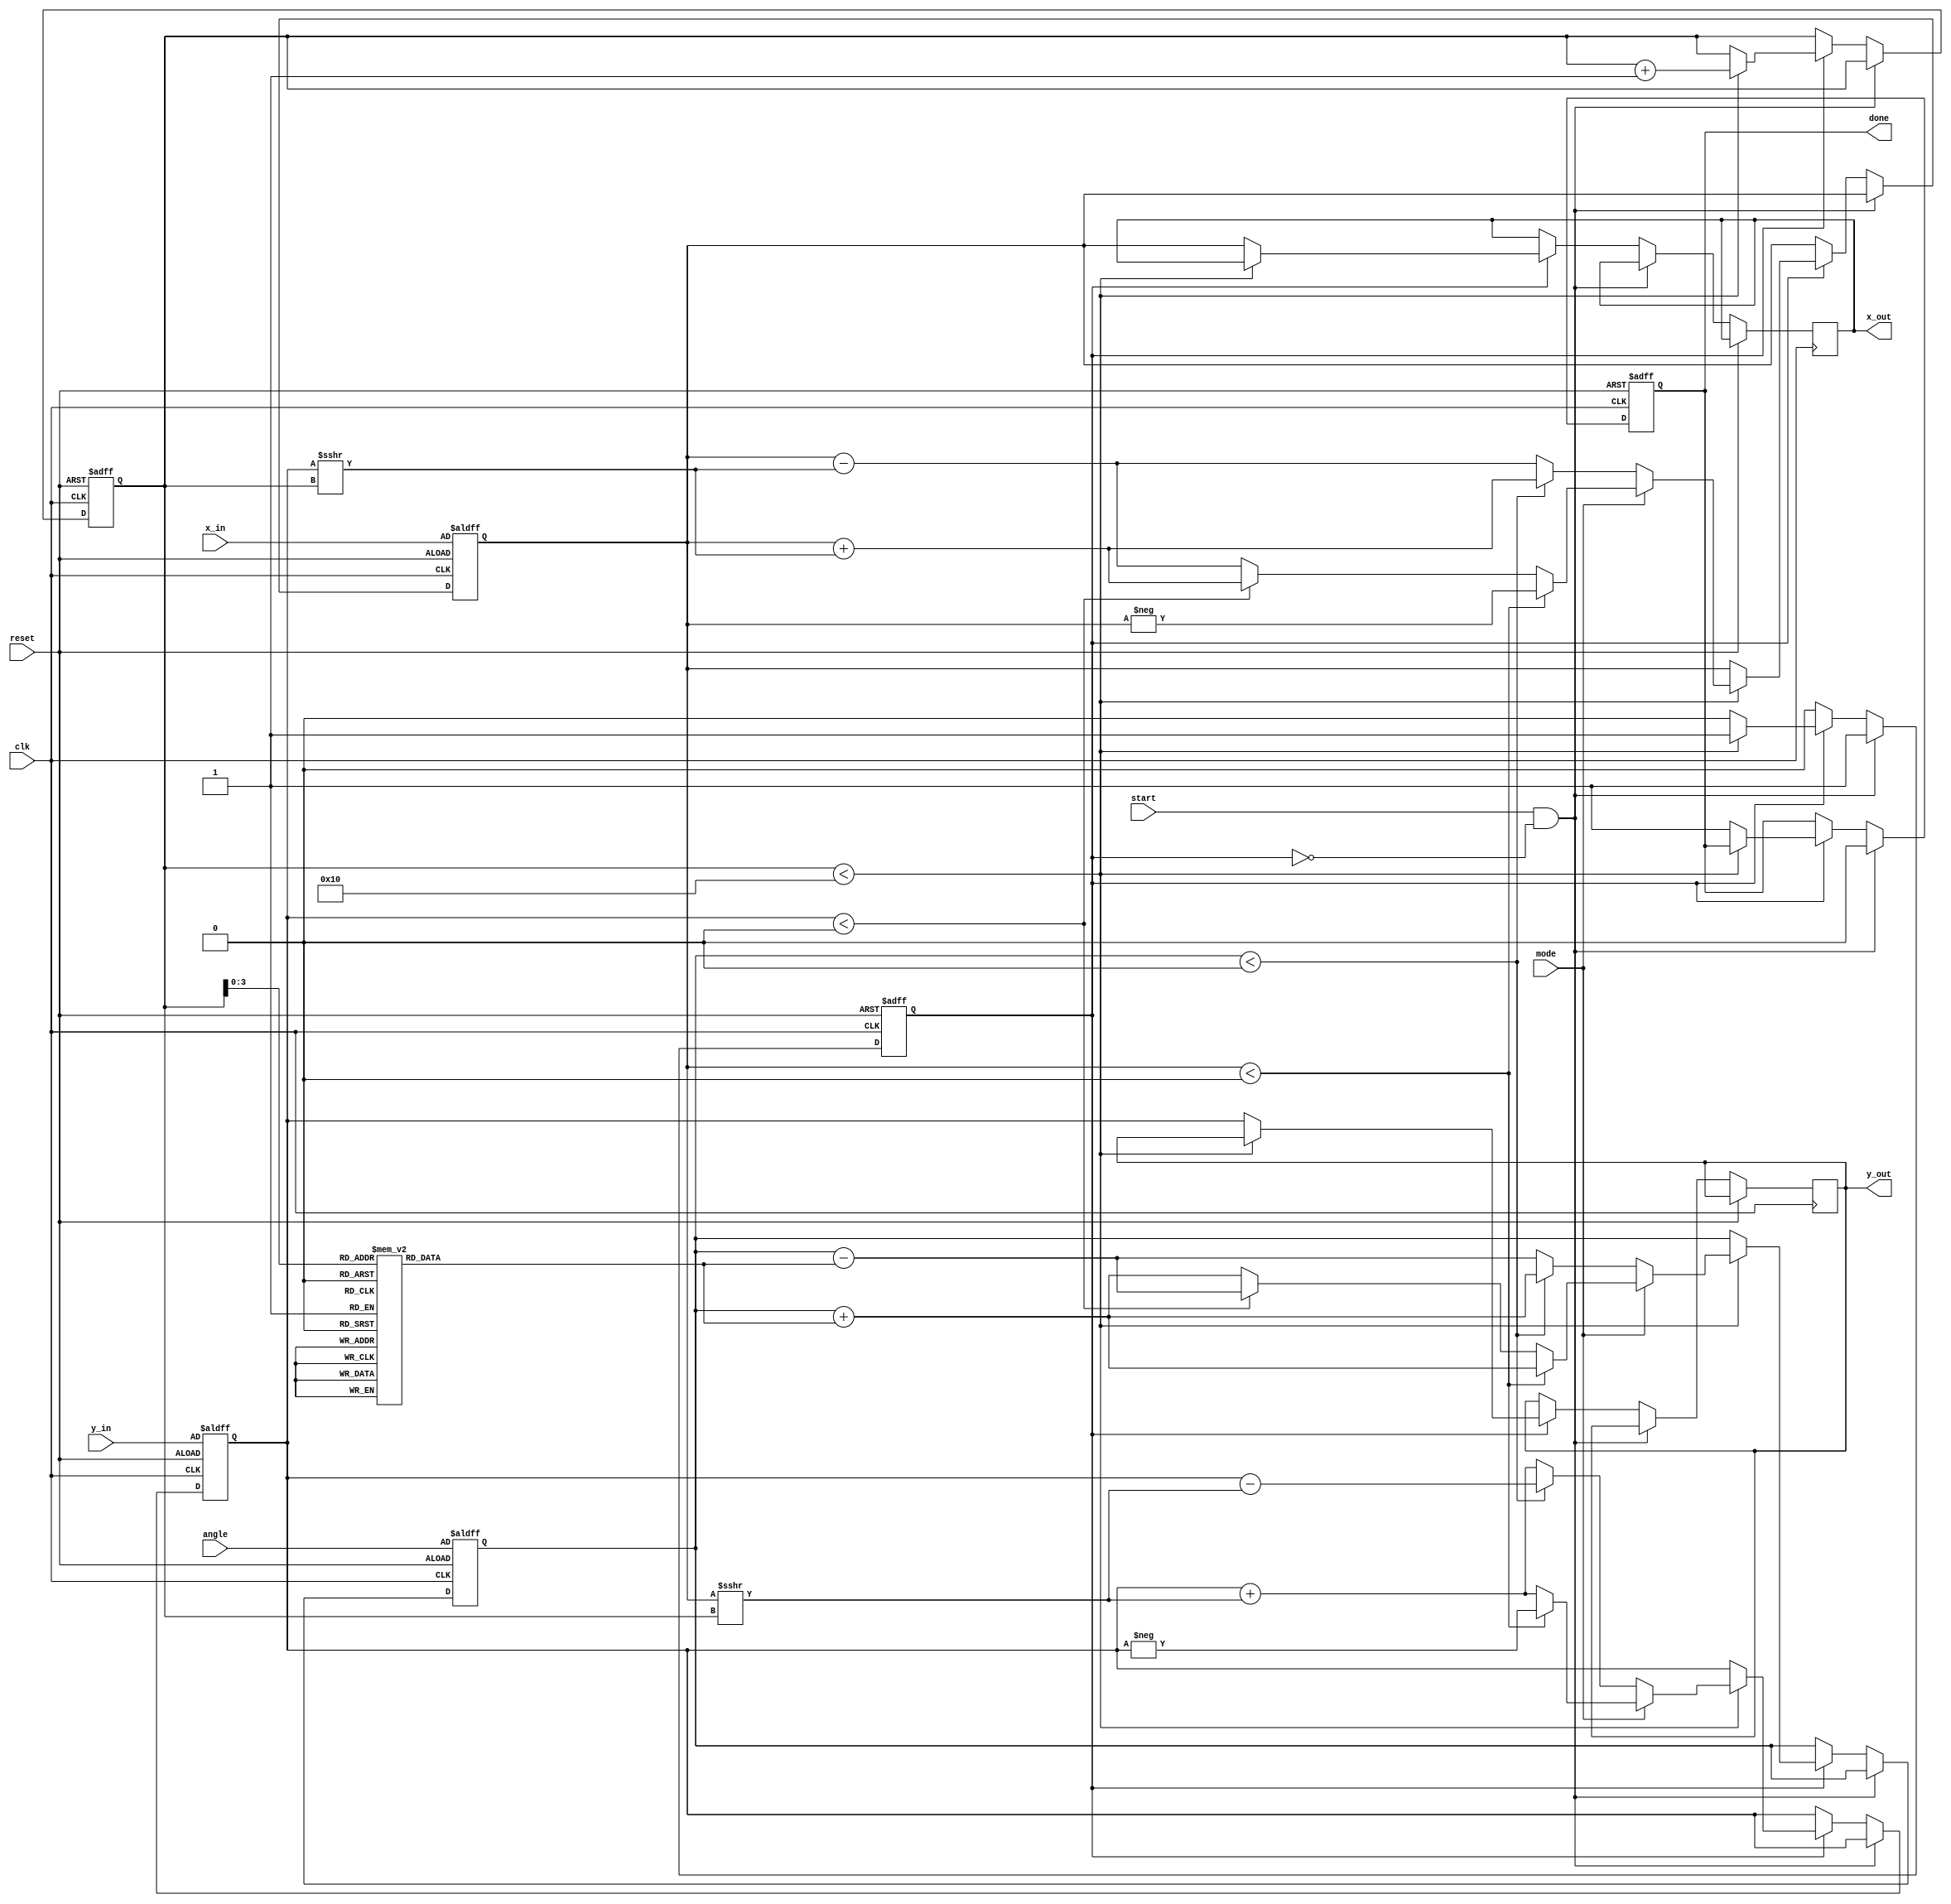
module Unified_CORDIC #(
    parameter WIDTH = 16,            // Bit-width of fixed-point numbers
    parameter ITERATIONS = 16        // Number of CORDIC iterations
)(
    input                       clk,
    input                       reset,
    input [WIDTH-1:0]          angle,           // Input angle in fixed-point
    input [WIDTH-1:0]          x_in,           // Input x value
    input [WIDTH-1:0]          y_in,           // Input y value
    input                       start,          // Start signal
    input                       mode,           // 0 for rotation, 1 for vectoring
    output reg [WIDTH-1:0]     x_out,          // Output x value (cosine or magnitude)
    output reg [WIDTH-1:0]     y_out,          // Output y value (sine or phase)
    output reg                 done            // Done signal
);

    // Arctangent lookup table for CORDIC
    reg [WIDTH-1:0] atan_table [0:ITERATIONS-1];
    initial begin
        // Initialize atan_table with pre-computed arctangent values
        atan_table[0] = 16'h2000;  // atan(1/2^0) in fixed-point (45 degrees)
        // Fill other values in similar manner...
        // Continuing this for the total number of iterations
    end

    reg [WIDTH-1:0] x_reg, y_reg, z_reg;
    reg [4:0] iteration;            // Iteration counter
    reg active;                     // FSM state indicator

    always @(posedge clk or posedge reset) begin
        if (reset) begin
            x_reg <= x_in;
            y_reg <= y_in;
            z_reg <= angle;          // Load initial angle
            iteration <= 0;          // Reset iteration count
            done <= 0;               // Clear done signal
            active <= 0;             // Clear active state
        end else if (start && !active) begin
            active <= 1;             // Start processing
            done <= 0;               // Reset done flag
        end else if (active) begin
            if (iteration < ITERATIONS) begin
                if (mode == 0) begin // Rotation mode
                    if (z_reg < 0) begin
                        x_reg <= x_reg + (y_reg >>> iteration);
                        y_reg <= y_reg - (x_reg >>> iteration);
                        z_reg <= z_reg + atan_table[iteration];
                    end else begin
                        x_reg <= x_reg - (y_reg >>> iteration);
                        y_reg <= y_reg + (x_reg >>> iteration);
                        z_reg <= z_reg - atan_table[iteration];
                    end
                end else begin // Vectoring mode
                    if (x_reg < 0) begin
                        x_reg <= -x_reg;
                        y_reg <= -y_reg;
                        z_reg <= z_reg + atan_table[iteration];
                    end else begin
                        if (y_reg < 0) begin
                            x_reg <= x_reg + (y_reg >>> iteration);
                            y_reg <= y_reg + (x_reg >>> iteration);
                            z_reg <= z_reg - atan_table[iteration];
                        end else begin
                            x_reg <= x_reg - (y_reg >>> iteration);
                            y_reg <= y_reg + (x_reg >>> iteration);
                            z_reg <= z_reg + atan_table[iteration];
                        end
                    end
                end
                iteration <= iteration + 1; // Increment iteration
            end else begin
                x_out <= x_reg;           // Load output values
                y_out <= y_reg;
                done <= 1;                // Indicate done processing
                active <= 0;              // Clear active state
            end
        end
    end

endmodule